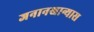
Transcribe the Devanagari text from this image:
जनानखान्यास